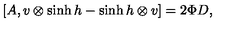
[ A , v \otimes \sinh h - \sinh h \otimes v ] = 2 \Phi D ,